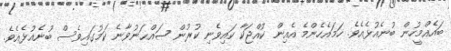
ބައެއްމީހުން ބުނެއުޅެއެވެ. ހަމައެހެންމެ އެއިން ކުއްޖަކާ ކައިވެނި ކުރުން ޞައްޙަނުވާނެ ކަމުގައިވެސް ބުނެއުޅެއެވެ.